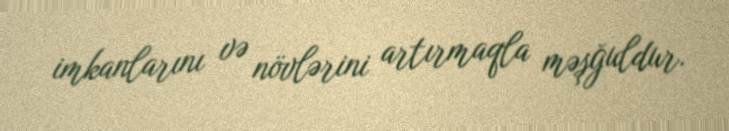
imkanlarını və növlərini artırmaqla məşğuldur.